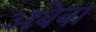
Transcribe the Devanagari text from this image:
अबेबा